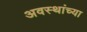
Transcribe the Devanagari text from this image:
अवस्थांच्या